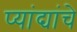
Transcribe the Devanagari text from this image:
प्यांद्यांचे